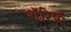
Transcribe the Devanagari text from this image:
शॅरिफ़